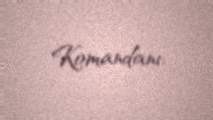
Komandanı.